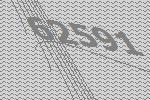
62591